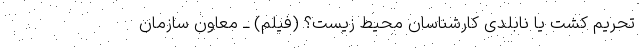
تحریم کُشت یا نابَلدی کارشناسان محیط زیست؟ (فیلم) ــ معاون سازمان